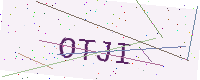
Text: OTJI